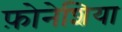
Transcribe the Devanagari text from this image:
फ़ोनेशिया